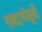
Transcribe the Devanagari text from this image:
शब्दार्थसूची